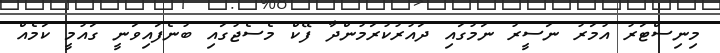
މިނިސްޓަރު އުމަރު ނަސީރު ނަމުގައި ދައުރުކުރަމުންދާ ފޭކް މެސެޖުގައި ބުނެފައިވަނީ ގައުމީ ކަމެއް